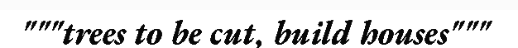
"""trees to be cut, build houses"""